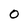
Character: 0